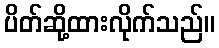
ပိတ်ဆို့ထားလိုက်သည်။